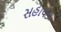
સહાયક